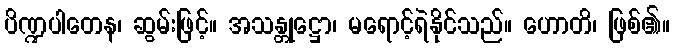
ပိဏ္ဍပါတေန၊ ဆွမ်းဖြင့်။ အသန္တုဋ္ဌော၊ မရောင့်ရဲနိုင်သည်။ ဟောတိ၊ ဖြစ်၏။